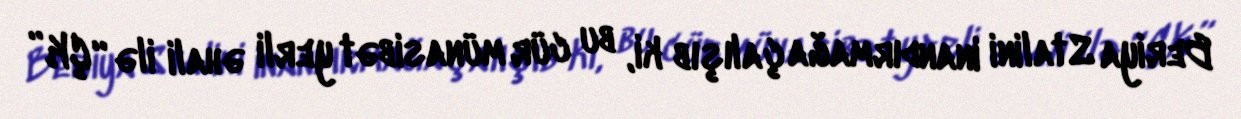
Beriya Stalini inandırmağa çalışıb ki, bu cür münasibət yerli əhali ilə “ÇK”